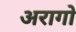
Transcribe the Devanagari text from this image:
अरागो